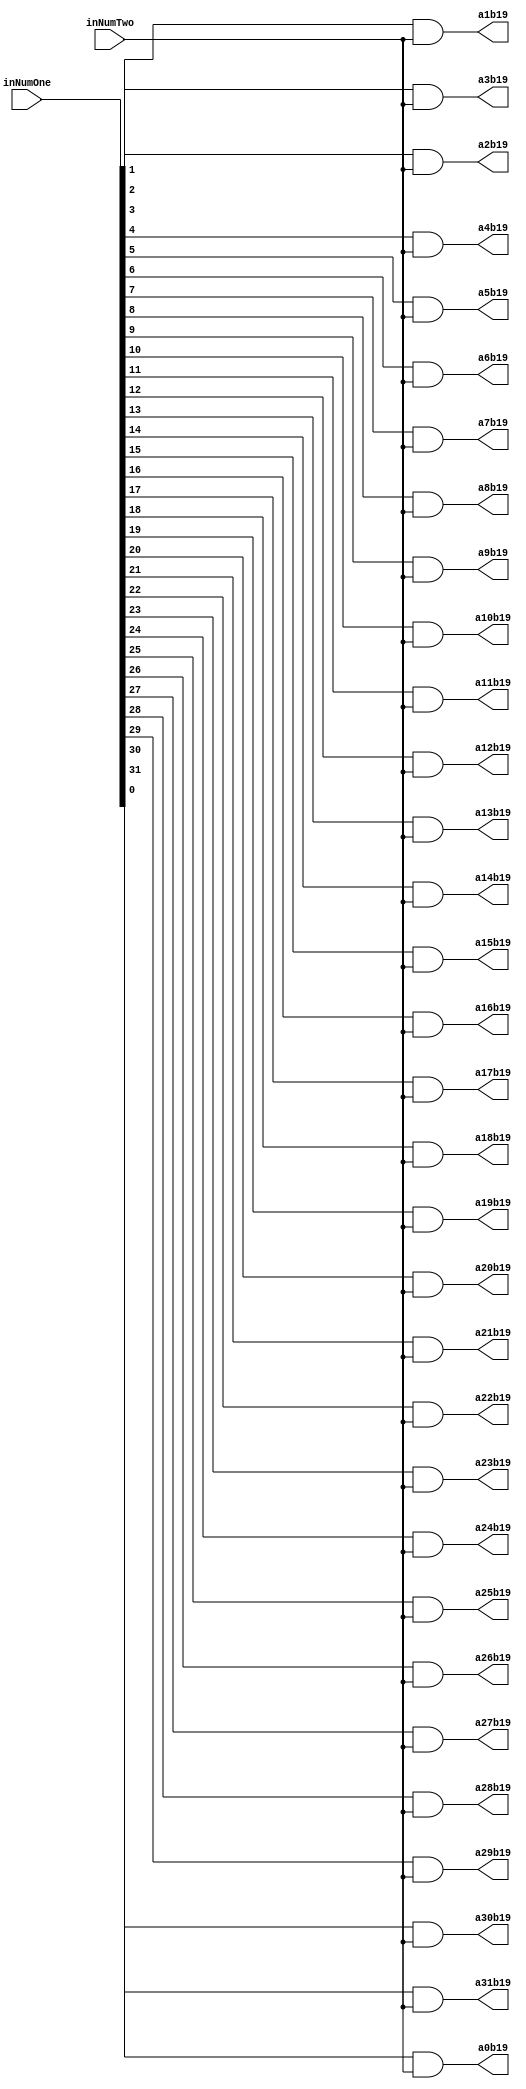
`timescale 1ns / 1ps

module PartialProductRow19(inNumOne,inNumTwo,a0b19,a1b19,a2b19,a3b19,a4b19,a5b19,a6b19,a7b19,a8b19,a9b19,a10b19,a11b19,a12b19,a13b19,a14b19,a15b19,a16b19,a17b19,a18b19,a19b19,a20b19,a21b19,a22b19,a23b19,a24b19,a25b19,a26b19,a27b19,a28b19,a29b19,a30b19,a31b19);
input [31:0] inNumOne;
input inNumTwo;
output reg a0b19,a1b19,a2b19,a3b19,a4b19,a5b19,a6b19,a7b19,a8b19,a9b19,a10b19,a11b19,a12b19,a13b19,a14b19,a15b19,a16b19,a17b19,a18b19,a19b19,a20b19,a21b19,a22b19,a23b19,a24b19,a25b19,a26b19,a27b19,a28b19,a29b19,a30b19,a31b19;

always@(inNumOne,inNumTwo)begin
	a0b19 <= inNumOne[0] & inNumTwo;
	a1b19 <= inNumOne[1] & inNumTwo;
	a2b19 <= inNumOne[2] & inNumTwo;
	a3b19 <= inNumOne[3] & inNumTwo;
	a4b19 <= inNumOne[4] & inNumTwo;
	a5b19 <= inNumOne[5] & inNumTwo;
	a6b19 <= inNumOne[6] & inNumTwo;
	a7b19 <= inNumOne[7] & inNumTwo;
	a8b19 <= inNumOne[8] & inNumTwo;
	a9b19 <= inNumOne[9] & inNumTwo;
	a10b19 <= inNumOne[10] & inNumTwo;
	a11b19 <= inNumOne[11] & inNumTwo;
	a12b19 <= inNumOne[12] & inNumTwo;
	a13b19 <= inNumOne[13] & inNumTwo;
	a14b19 <= inNumOne[14] & inNumTwo;
	a15b19 <= inNumOne[15] & inNumTwo;
	a16b19 <= inNumOne[16] & inNumTwo;
	a17b19 <= inNumOne[17] & inNumTwo;
	a18b19 <= inNumOne[18] & inNumTwo;
	a19b19 <= inNumOne[19] & inNumTwo;
	a20b19 <= inNumOne[20] & inNumTwo;
	a21b19 <= inNumOne[21] & inNumTwo;
	a22b19 <= inNumOne[22] & inNumTwo;
	a23b19 <= inNumOne[23] & inNumTwo;
	a24b19 <= inNumOne[24] & inNumTwo;
	a25b19 <= inNumOne[25] & inNumTwo;
	a26b19 <= inNumOne[26] & inNumTwo;
	a27b19 <= inNumOne[27] & inNumTwo;
	a28b19 <= inNumOne[28] & inNumTwo;
	a29b19 <= inNumOne[29] & inNumTwo;
	a30b19 <= inNumOne[30] & inNumTwo;
	a31b19 <= inNumOne[31] & inNumTwo;
end

endmodule